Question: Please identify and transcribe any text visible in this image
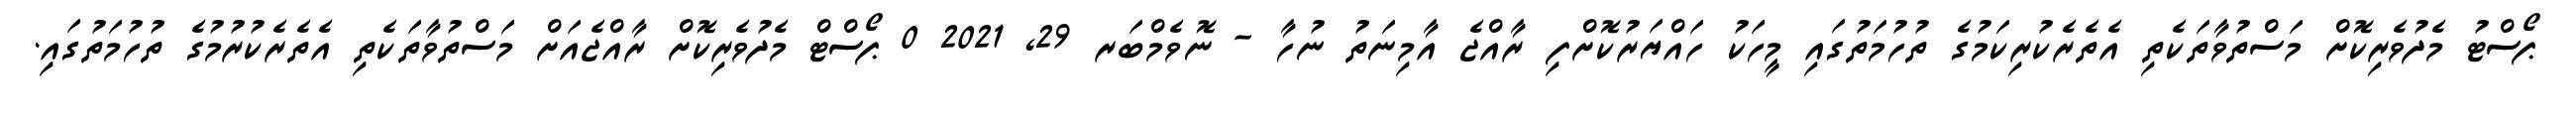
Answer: ޕޯސްޓު މެދުވެރިކޮށް މަސްތުވާތަކެތި އެތެރެކުރިކަމުގެ ތުހުމަތުގައި މީހަކު ހައްޔަރުކޮށްފި ރާއްޖެ އާމިނަތު ނުހާ - ނޮވެމްބަރ 29, 2021 0 ޕޯސްޓް މެދުވެރިކޮށް ރާއްޖެއަށް މަސްތުވާތަކެތި އެތެރެކުރުމުގެ ތުހުމަތުގައި.